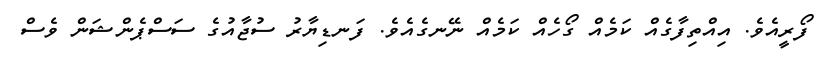
ފޯރީއެވެ. އިއްތިފާގެއް ކަމެއް ގޯހެއް ކަމެއް ނޭނގެއެވެ. ފަނޑިޔާރު ސުޖާއުގެ ސަސްޕެންޝަން ވެސް